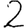
Digit: 2